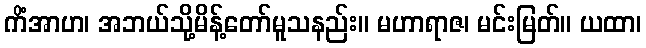
ကိံအာဟ၊ အဘယ်သို့မိန့်တော်မူသနည်း။ မဟာရာဇ၊ မင်းမြတ်။ ယထာ၊